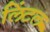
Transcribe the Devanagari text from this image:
लिंटल